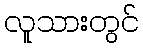
လူသားတွင်